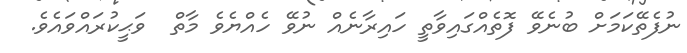
ނުފެތޭކަމަށް ބުނެވޭ ފޮތެއްގައިވާތީ ހައިރާނެއް ނުވޭ ހެއްޔެވެ މާތް  ވަޙީކުރައްވައެވެ.